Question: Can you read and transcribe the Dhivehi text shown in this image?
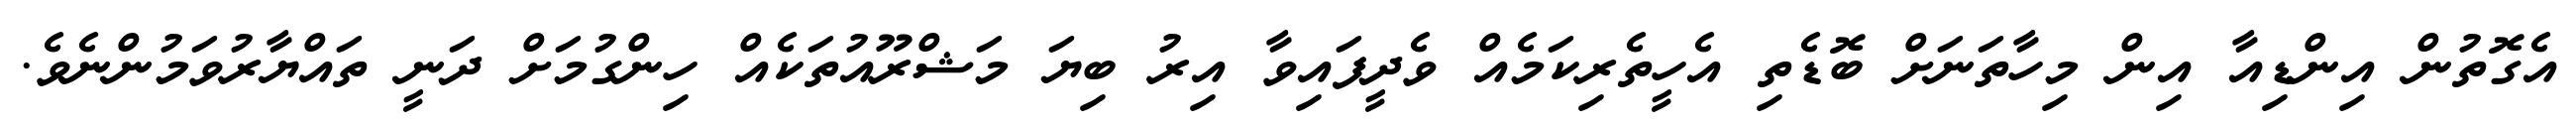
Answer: އެގޮތުން އިންޑިއާ އިން މިހާތަނަށް ބޮޑެތި އެހީތެރިކަމެއް ވެދީފައިވާ އިރު ބިޔަ މަޝްރޫއުތަކެއް ހިންގުމަށް ދަނީ ތައްޔާރުވަމުންނެވެ.